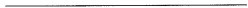
___